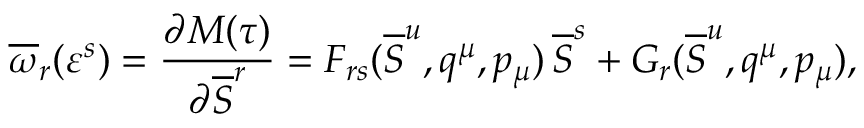
\overline { { { \omega } } } _ { r } ( \varepsilon ^ { s } ) = { \frac { \partial { \cal M } ( \tau ) } { \partial \overline { { { \cal S } } } ^ { r } } } = F _ { r s } ( \overline { { { \cal S } } } ^ { u } , q ^ { \mu } , p _ { \mu } ) \, \overline { { { \cal S } } } ^ { s } + G _ { r } ( \overline { { { \cal S } } } ^ { u } , q ^ { \mu } , p _ { \mu } ) ,